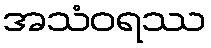
အသံဝရဿ